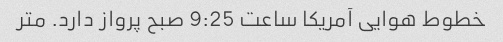
خطوط هوایی آمریکا ساعت 9:25 صبح پرواز دارد. متر